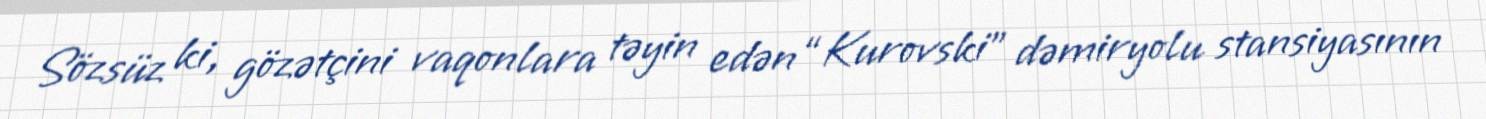
Sözsüz ki, gözətçini vaqonlara təyin edən “Kurovski” dəmiryolu stansiyasının